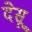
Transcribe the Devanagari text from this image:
देसू